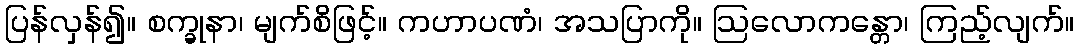
ပြန်လှန်၍။ စက္ခုနာ၊ မျက်စိဖြင့်။ ကဟာပဏံ၊ အသပြာကို။ ဩလောကန္တော၊ ကြည့်လျက်။